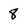
Character: 8